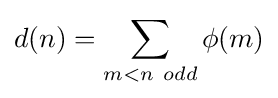
d(n)=\sum _{m<n\ odd}\phi (m)